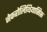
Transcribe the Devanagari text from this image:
नेफरोलिथियासिस